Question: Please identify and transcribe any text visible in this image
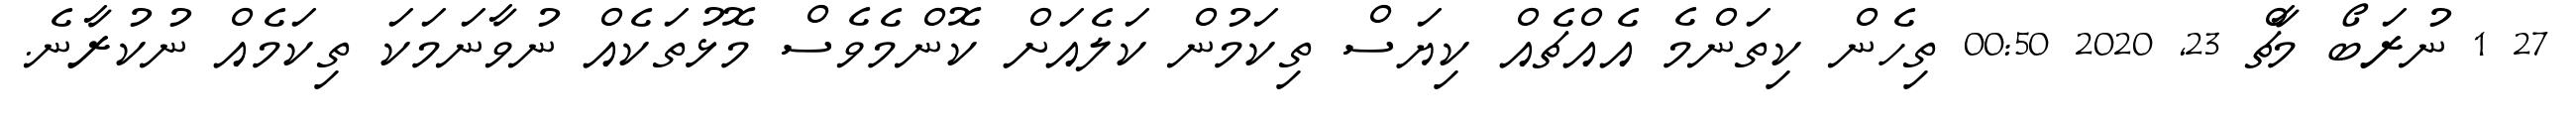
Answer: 27 1 ނުރަބޯ މާޗް 23, 2020 00:50 ތިހެން ކިތަންމެ އެއްޗެއް ކިޔަސް ތިކަމުން ކަލެއަށް ކޮންމެވެސް މޮޅުތަކެއް ނުވާނަމަކަ ތިކަމެއް ނުކުރާނެ.